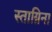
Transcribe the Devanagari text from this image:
स्ताग्निना